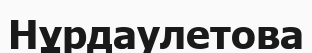
Нұрдаулетова